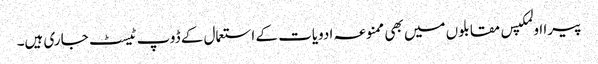
پیرا اولمکپس مقابلوں میں بھی ممنوعہ ادویات کے استعمال کے ڈوپ ٹیسٹ جاری ہیں۔